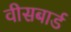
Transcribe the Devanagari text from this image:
वीसबार्ड